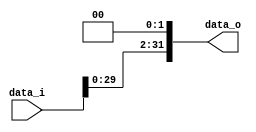
//Subject:      Architecture project 2 - Shift_Left_Two_32
//--------------------------------------------------------------------------------
//Version:     1
//--------------------------------------------------------------------------------
//Description: 
//--------------------------------------------------------------------------------

module Shift_Left_Two_32(
    data_i,
    data_o
    );

//I/O ports                    
input [32-1:0] data_i;
output [32-1:0] data_o;

//shift left 2
     assign data_o = data_i<<2;
endmodule